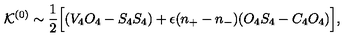
{ \cal K } ^ { ( 0 ) } \sim \frac { 1 } { 2 } \Big [ ( V _ { 4 } O _ { 4 } - S _ { 4 } S _ { 4 } ) + \epsilon ( n _ { + } - n _ { - } ) ( O _ { 4 } S _ { 4 } - C _ { 4 } O _ { 4 } ) \Big ] ,